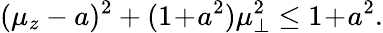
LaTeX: (\mu_{z}-a)^{2}+(1\! +\! a^{2})\mu_{\bot}^{2}\le 1\! +\! a^{2}.